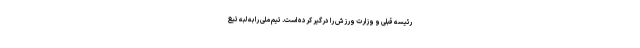
رئیسه قبلی و وزارت ورزش را درگیر کرده است. تیم ملی را به لبه تیغ